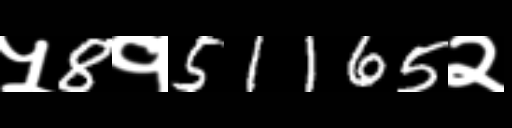
Text: ५8१51165२